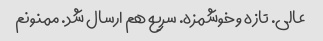
عالی. تازه و خوشمزه. سریع هم ارسال شد. ممنونم